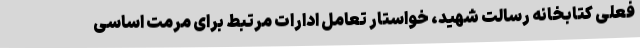
فعلی کتابخانه رسالت شهید، خواستار تعامل ادارات مرتبط برای مرمت اساسی